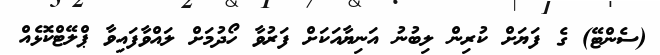
(ސެންޓޭ) ގެ ފަޔަށް ކުރިން ލިބުނު އަނިޔާއަކަށް ފަރުވާ ހޯދުމަށް ލައްވާފައިވާ ޕްލޭޓްކޮޅެއް